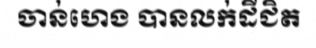
ចាន់ហេង បានលក់ដីជិត